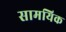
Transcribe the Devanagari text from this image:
सामयिक